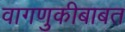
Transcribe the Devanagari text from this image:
वागणुकीबाबत